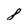
Character: 8